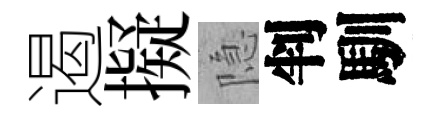
遏擬隐判馴